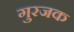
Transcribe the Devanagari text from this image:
गुरजक